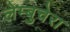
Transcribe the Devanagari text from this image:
लेम्बुचेरा